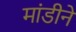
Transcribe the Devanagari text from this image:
मांडीने